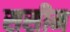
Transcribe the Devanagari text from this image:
ससीम